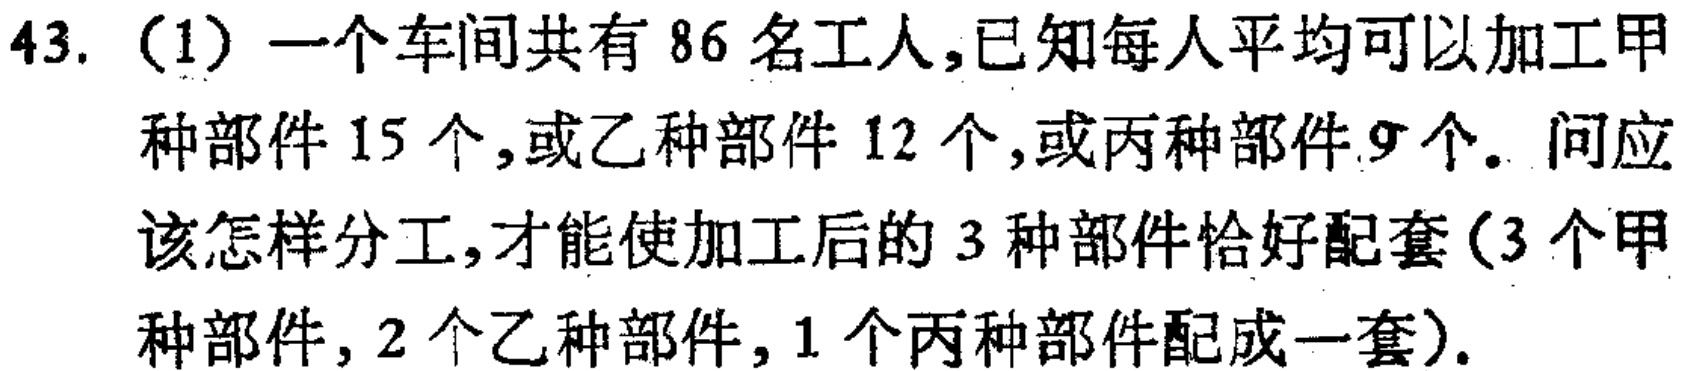
43.（1）一个车间共有86名工人,已知每人平均可以加工甲种部件15个,或乙种部件12个,或丙种部件9个. 问应该怎样分工,才能使加工后的3种部件恰好配套（3个甲种部件, 2个乙种部件, 1个丙种部件配成一套）.